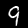
Label: 9